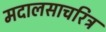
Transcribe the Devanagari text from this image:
मदालसाचरित्र